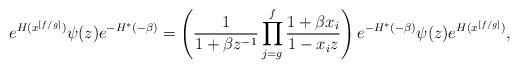
LaTeX: \begin{align*}\begin{aligned}e^{H(x^{[f/g]})}\psi(z)e^{-H^\ast(-\beta)}&=\left(\frac{1}{1+\beta z^{-1}}\prod_{j=g}^f\frac{1+\beta x_i}{1-x_iz}\right)e^{-H^\ast(-\beta)}\psi(z)e^{H(x^{[f/g]})},\end{aligned}\end{align*}